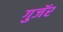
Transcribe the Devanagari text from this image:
गुजॅर